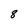
Character: 8